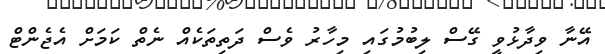
އޭނާ ވިދާޅުވީ ގޭސް ލިބުމުގައި މިހާރު ވެސް ދަތިތަކެއް ނެތް ކަމަށް އެޖެންޓް